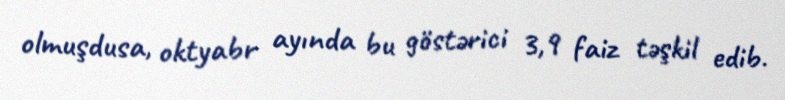
olmuşdusa, oktyabr ayında bu göstərici 3,9 faiz təşkil edib.